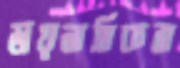
ডায়নামিকস